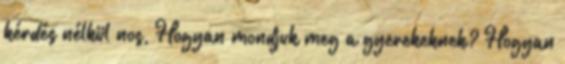
kérdés nélkül nos, Hogyan mondjuk meg a gyerekeknek? Hogyan